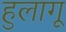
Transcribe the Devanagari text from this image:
हुलागू